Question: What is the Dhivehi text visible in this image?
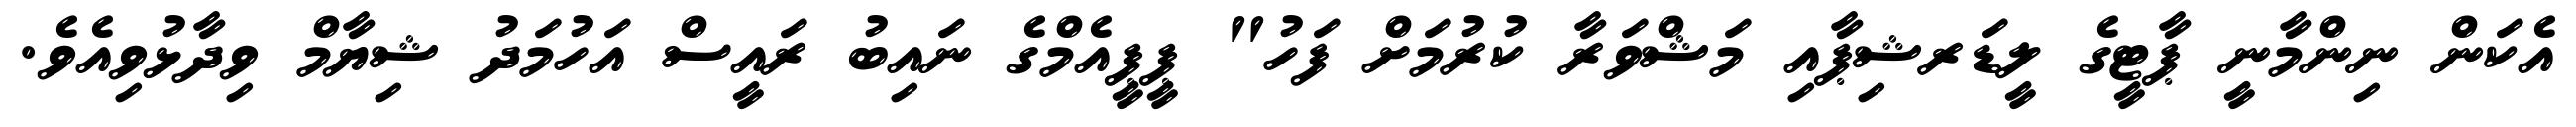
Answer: އެކަން ނިންމާނީ ޕާޓީގެ ލީޑަރޝިޕާއި މަޝްވަރާ ކުރުމަށް ފަހު" ޕީޕީއެމްގެ ނައިބު ރައީސް އަހުމަދު ޝިޔާމް ވިދާޅުވިއެވެ.